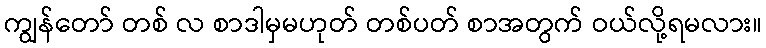
ကျွန်တော် တစ် လ စာဒါမှမဟုတ် တစ်ပတ် စာအတွက် ဝယ်လို့ရမလား။